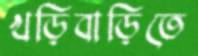
খড়িবাড়িতে